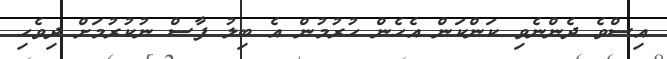
އިސްވެ ދެންނެވި ކަންކަން އެހެން ހުރުމުން އެ ބިލު ފާސް ނުކުރުމަށް ދިވެހި